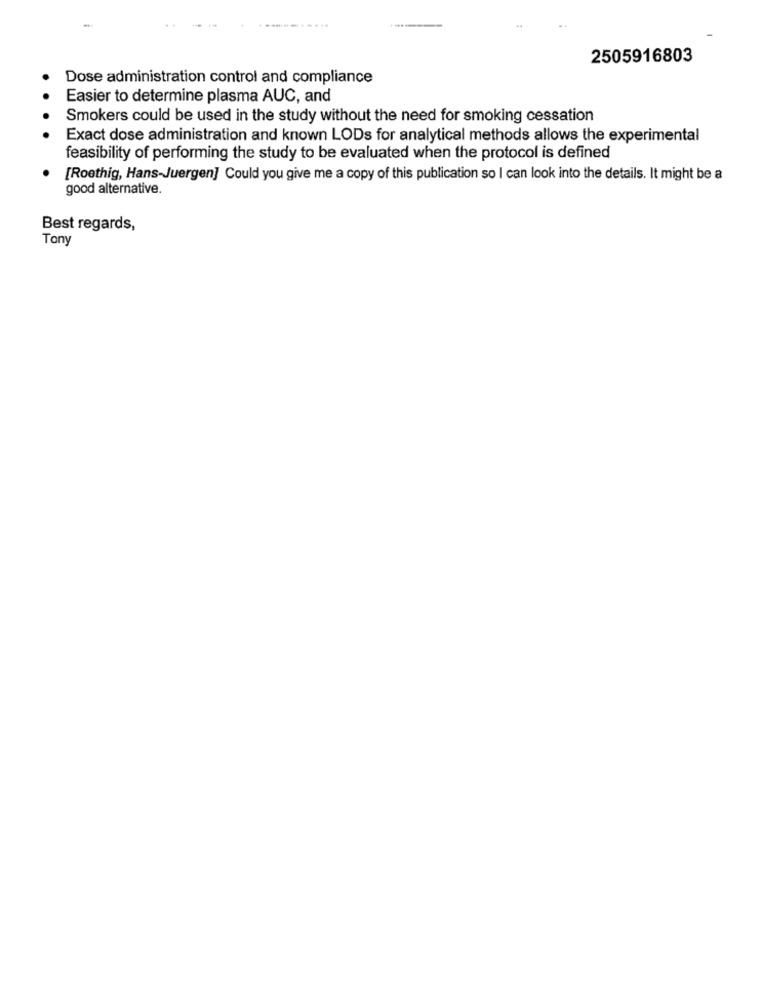
2505916803
Dose administration control and compliance
Easier to determine plasma AUC, and
Smokers could be used in the study without the need for smoking cessation
Exact dose administration and known LODs for analytical methods allows the experimental
feasibility of performing the study to be evaluated when the protocol is defined
[Roethig, Hans-Juergen] Could you give me a copy of this publication so I can look into the details. It might be a
good alternative.
Best regards,
Tony